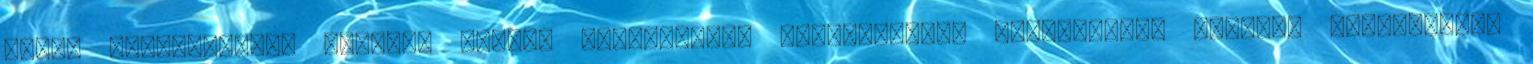
távon kifizetôdik. Horváth László közösséghez tartozásának fontosságát kamarai megbízatása